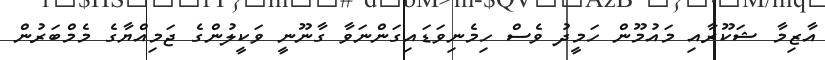
އާޒިމާ ޝަކޫރާއި މައުމޫން ހަމީދު ވެސް ހިމެނިވަޑައިގަންނަވާ ގާނޫނީ ވަކީލުންގެ ޖަމިއްޔާގެ މެމްބަރުން